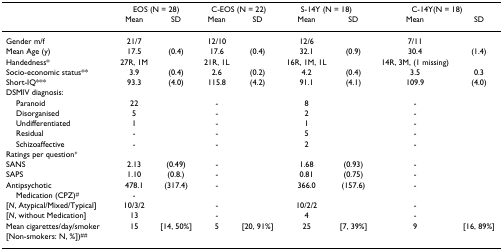
<table><thead><tr><td>[EMPTY_CELL]</td><td colspan="2"><b>EOS (N = 28)</b></td><td colspan="2"><b>C-EOS (N = 22)</b></td><td colspan="2"><b>S-14Y (N = 18)</b></td><td colspan="2"><b>C-14Y(N = 18)</b></td></tr><tr><td>[EMPTY_CELL]</td><td><b>Mean</b></td><td><b>SD</b></td><td><b>Mean</b></td><td><b>SD</b></td><td><b>Mean</b></td><td><b>SD</b></td><td><b>Mean</b></td><td><b>SD</b></td></tr></thead><tbody><tr><td>Gender m/f</td><td>21/7</td><td>[EMPTY_CELL]</td><td>12/10</td><td>[EMPTY_CELL]</td><td>12/6</td><td>[EMPTY_CELL]</td><td>7/11</td><td>[EMPTY_CELL]</td></tr><tr><td>Mean Age (y)</td><td>17.5</td><td>(0.4)</td><td>17.6</td><td>(0.4)</td><td>32.1</td><td>(0.9)</td><td>30.4</td><td>(1.4)</td></tr><tr><td>Handedness*</td><td>27R, 1M</td><td>[EMPTY_CELL]</td><td>21R, 1L</td><td>[EMPTY_CELL]</td><td>16R, 1M, 1L</td><td>[EMPTY_CELL]</td><td>14R, 3M, (1 missing)</td><td>[EMPTY_CELL]</td></tr><tr><td>Socio-economic status**</td><td>3.9</td><td>(0.4)</td><td>2.6</td><td>(0.2)</td><td>4.2</td><td>(0.4)</td><td>3.5</td><td>0.3</td></tr><tr><td>Short-IQ***</td><td>93.3</td><td>(4.0)</td><td>115.8</td><td>(4.2)</td><td>91.1</td><td>(4.1)</td><td>109.9</td><td>(4.0)</td></tr><tr><td>DSMIV diagnosis:</td><td>[EMPTY_CELL]</td><td>[EMPTY_CELL]</td><td>[EMPTY_CELL]</td><td>[EMPTY_CELL]</td><td>[EMPTY_CELL]</td><td>[EMPTY_CELL]</td><td>[EMPTY_CELL]</td><td>[EMPTY_CELL]</td></tr><tr><td> Paranoid</td><td>22</td><td>[EMPTY_CELL]</td><td>-</td><td>[EMPTY_CELL]</td><td>8</td><td>[EMPTY_CELL]</td><td>-</td><td>[EMPTY_CELL]</td></tr><tr><td> Disorganised</td><td>5</td><td>[EMPTY_CELL]</td><td>-</td><td>[EMPTY_CELL]</td><td>2</td><td>[EMPTY_CELL]</td><td>-</td><td>[EMPTY_CELL]</td></tr><tr><td> Undifferentiated</td><td>1</td><td>[EMPTY_CELL]</td><td>-</td><td>[EMPTY_CELL]</td><td>1</td><td>[EMPTY_CELL]</td><td>-</td><td>[EMPTY_CELL]</td></tr><tr><td> Residual</td><td>-</td><td>[EMPTY_CELL]</td><td>-</td><td>[EMPTY_CELL]</td><td>5</td><td>[EMPTY_CELL]</td><td>-</td><td>[EMPTY_CELL]</td></tr><tr><td> Schizoaffective</td><td>-</td><td>[EMPTY_CELL]</td><td>-</td><td>[EMPTY_CELL]</td><td>2</td><td>[EMPTY_CELL]</td><td>-</td><td>[EMPTY_CELL]</td></tr><tr><td>Ratings per question<sup>+</sup></td><td>[EMPTY_CELL]</td><td>[EMPTY_CELL]</td><td>[EMPTY_CELL]</td><td>[EMPTY_CELL]</td><td>[EMPTY_CELL]</td><td>[EMPTY_CELL]</td><td>[EMPTY_CELL]</td><td>[EMPTY_CELL]</td></tr><tr><td>SANS</td><td>2.13</td><td>(0.49)</td><td>-</td><td>[EMPTY_CELL]</td><td>1.68</td><td>(0.93)</td><td>-</td><td>[EMPTY_CELL]</td></tr><tr><td>SAPS</td><td>1.10</td><td>(0.8.)</td><td>-</td><td>[EMPTY_CELL]</td><td>0.81</td><td>(0.75)</td><td>-</td><td>[EMPTY_CELL]</td></tr><tr><td>Antipsychotic</td><td>478.1</td><td>(317.4)</td><td>-</td><td>[EMPTY_CELL]</td><td>366.0</td><td>(157.6)</td><td>-</td><td>[EMPTY_CELL]</td></tr><tr><td> Medication (CPZ)<sup>#</sup></td><td>-</td><td>[EMPTY_CELL]</td><td>[EMPTY_CELL]</td><td>[EMPTY_CELL]</td><td>[EMPTY_CELL]</td><td>[EMPTY_CELL]</td><td>[EMPTY_CELL]</td><td>[EMPTY_CELL]</td></tr><tr><td>[<i>N</i>, Atypical/Mixed/Typical]</td><td>10/3/2</td><td>[EMPTY_CELL]</td><td>-</td><td>[EMPTY_CELL]</td><td>10/2/2</td><td>[EMPTY_CELL]</td><td>-</td><td>[EMPTY_CELL]</td></tr><tr><td>[<i>N</i>, without Medication]</td><td>13</td><td>[EMPTY_CELL]</td><td>-</td><td>[EMPTY_CELL]</td><td>4</td><td>[EMPTY_CELL]</td><td>-</td><td>[EMPTY_CELL]</td></tr><tr><td>Mean cigarettes/day/smoker</td><td>15</td><td>[14, 50%]</td><td>5</td><td>[20, 91%]</td><td>25</td><td>[7, 39%]</td><td>9</td><td>[16, 89%]</td></tr><tr><td>[Non-smokers: N, %])<sup>##</sup></td><td>[EMPTY_CELL]</td><td>[EMPTY_CELL]</td><td>[EMPTY_CELL]</td><td>[EMPTY_CELL]</td><td>[EMPTY_CELL]</td><td>[EMPTY_CELL]</td><td>[EMPTY_CELL]</td><td>[EMPTY_CELL]</td></tr></tbody></table>